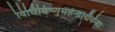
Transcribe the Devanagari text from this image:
विधिविष्णुमहेन्द्राद्यैर्वन्द्यः